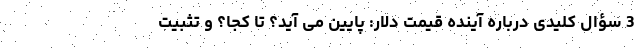
3 سؤال کلیدی درباره آینده قیمت دلار: پایین می آید؟ تا کجا؟ و تثبیت